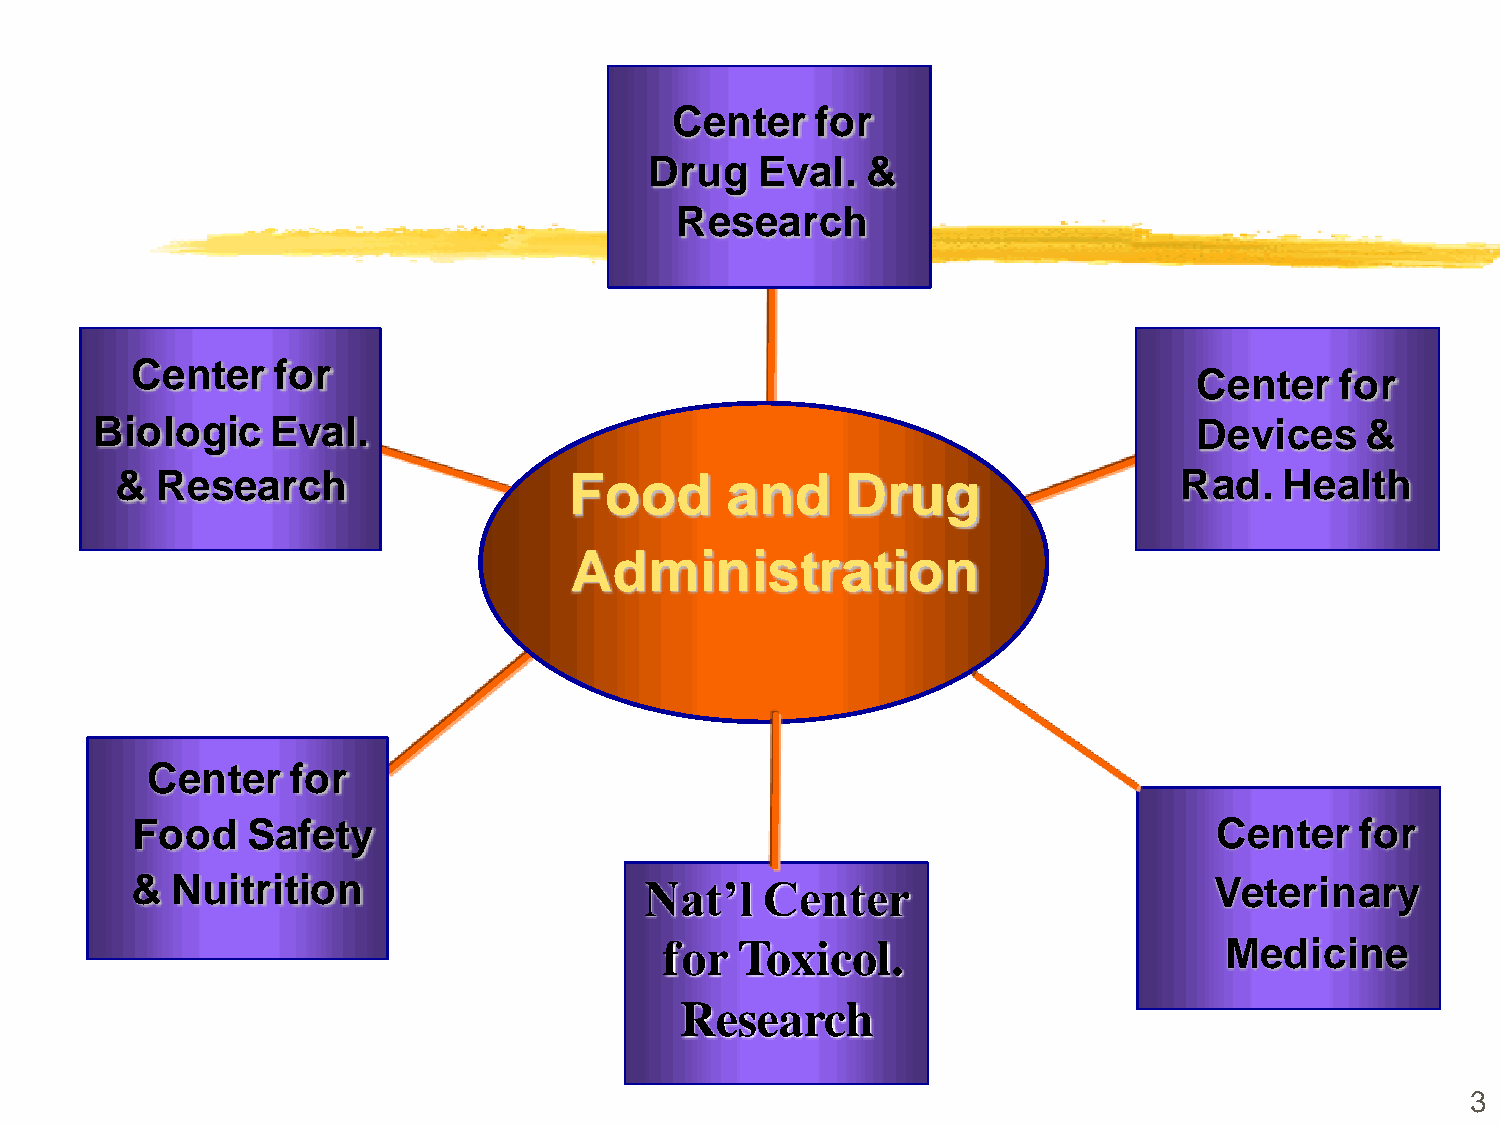
Center    for
 Drug   Eval.  &
 Research
 Center   for
 Center    for
 Biologic    Eval.                                                        Devices    &
 & Research                    Food      and     Drug                  Rad.   Health
 Administration
 Center   for
 Food   Safety                                                          Center    for
 & Nuitrition                      Nat’l  Center                        Veterinary
 for  Toxicol.                        Medicine
 Research
 3